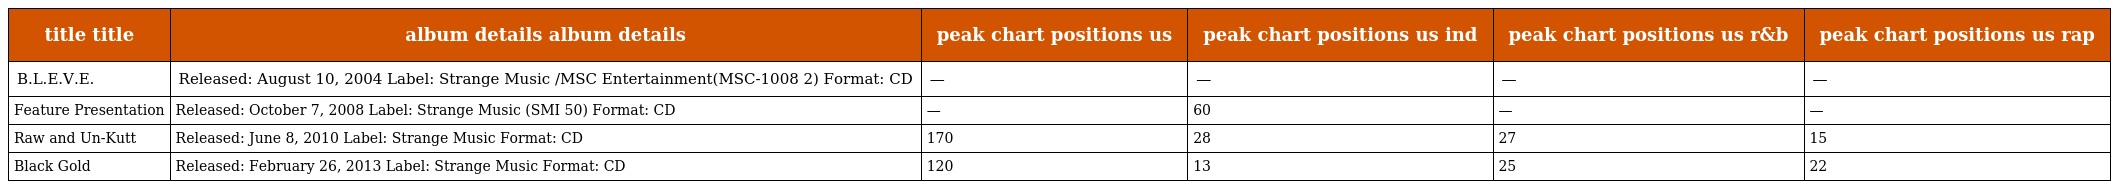
| title title | album details album details | peak chart positions us | peak chart positions us ind | peak chart positions us r&b | peak chart positions us rap |
 | --- | --- | --- | --- | --- | --- |
 | B.L.E.V.E. | Released: August 10, 2004 Label: Strange Music /MSC Entertainment(MSC-1008 2) Format: CD | — | — | — | — |
 | Feature Presentation | Released: October 7, 2008 Label: Strange Music (SMI 50) Format: CD | — | 60 | — | — |
 | Raw and Un-Kutt | Released: June 8, 2010 Label: Strange Music Format: CD | 170 | 28 | 27 | 15 |
 | Black Gold | Released: February 26, 2013 Label: Strange Music Format: CD | 120 | 13 | 25 | 22 |